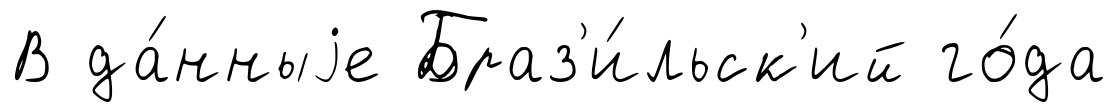
В да́нныjе Браз'и́льск'ий го́да